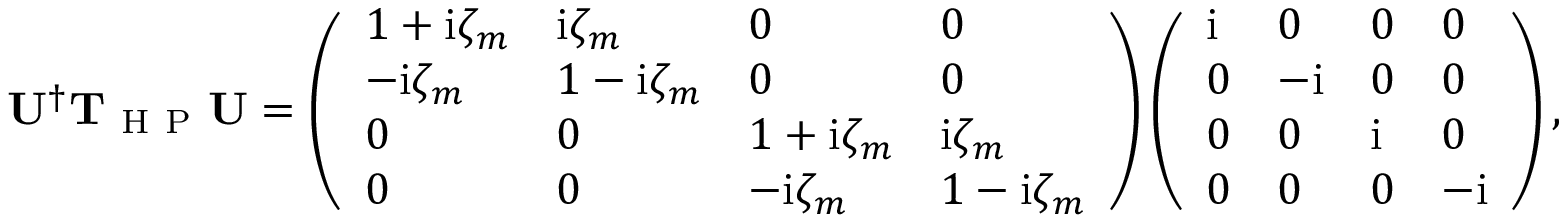
\mathbf U ^ { \dagger } \mathbf { T } _ { \mathrm { ~ H ~ P ~ } } \mathbf U = \left( \begin{array} { l l l l } { 1 + \mathrm { i } \zeta _ { m } } & { \mathrm { i } \zeta _ { m } } & { 0 } & { 0 } \\ { - \mathrm { i } \zeta _ { m } } & { 1 - \mathrm { i } \zeta _ { m } } & { 0 } & { 0 } \\ { 0 } & { 0 } & { 1 + \mathrm { i } \zeta _ { m } } & { \mathrm { i } \zeta _ { m } } \\ { 0 } & { 0 } & { - \mathrm { i } \zeta _ { m } } & { 1 - \mathrm { i } \zeta _ { m } } \end{array} \right) \left( \begin{array} { l l l l } { \mathrm { i } } & { 0 } & { 0 } & { 0 } \\ { 0 } & { - \mathrm { i } } & { 0 } & { 0 } \\ { 0 } & { 0 } & { \mathrm { i } } & { 0 } \\ { 0 } & { 0 } & { 0 } & { - \mathrm { i } } \end{array} \right) ,